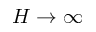
H \to \infty